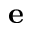
\mathbf { e }